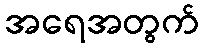
အရေအတွက်